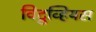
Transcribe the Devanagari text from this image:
विट्रुव्हियस